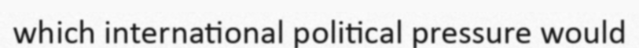
which international political pressure would